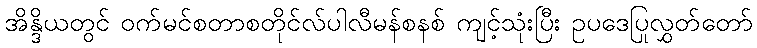
အိန္ဒိယတွင် ဝက်မင်စတာစတိုင်လ်ပါလီမန်စနစ် ကျင့်သုံးပြီး ဥပဒေပြုလွှတ်တော်